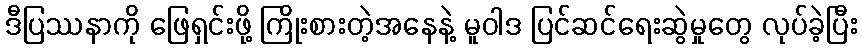
ဒီပြဿနာကို ဖြေရှင်းဖို့ ကြိုးစားတဲ့အနေနဲ့ မူဝါဒ ပြင်ဆင်ရေးဆွဲမှုတွေ လုပ်ခဲ့ပြီး